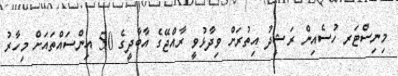
މިނިސްޓަރ ހުސެއިން ރަޝީދު އިތުރަށް ވިދާޅުވީ ރާއްޖޭގެ އާބާދީގެ 50 އިންސައްތައަށް މިހާރު